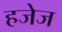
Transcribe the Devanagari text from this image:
हजेज